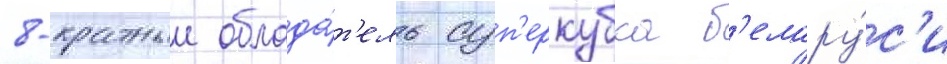
8-кратныи облада́т'ель суп'еркубка б'елару́с'и